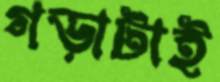
গড়াটাই